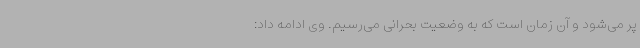
پر می‌شود و آن زمان است که به وضعیت بحرانی می‌رسیم. وی ادامه داد: